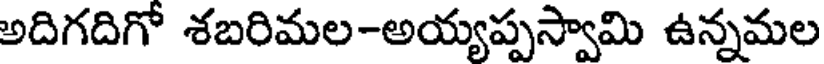
అదిగదిగో శబరిమల-అయ్యప్పస్వామి ఉన్నమల